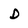
Character: D